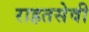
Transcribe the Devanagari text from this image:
राहतसेवी